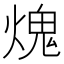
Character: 𤌋